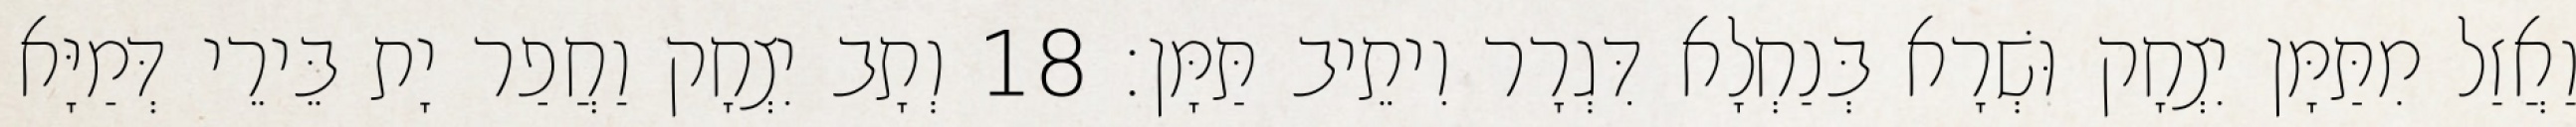
וַאֲזַל מִתַּמָּן יִצְחָק וּשְׁרָא בְּנַחְלָא דִּגְרָר וִיתֵיב תַּמָּן׃ 18 וְתָב יִצְחָק וַחֲפַר יָת בֵּירֵי דְּמַיָּא